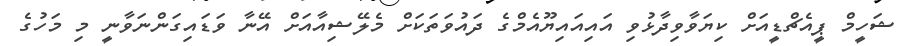
ޝަހީމް ޕީއެޗްޑީއަށް ކިޔަވާވިދާޅުވި އައިއައިޔޫއެމްގެ ދައުވަތަކަށް މެލޭޝިއާއަށް އޭނާ ވަޑައިގަންނަވާނީ މި މަހުގެ